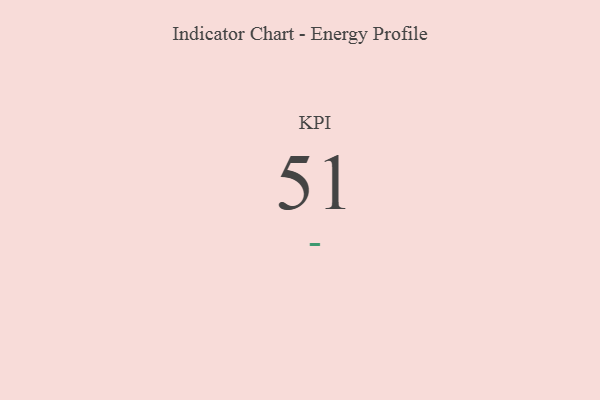
{"axis": {"x": "KPI", "y": "Value"}, "legend": [""], "data": [{"x": "KPI", "y": 51, "type": ""}]}